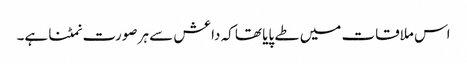
اس ملاقات میں طے پایا تھا کہ داعش سے ہر صورت نمٹنا ہے۔